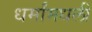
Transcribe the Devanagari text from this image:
धर्मांमधली